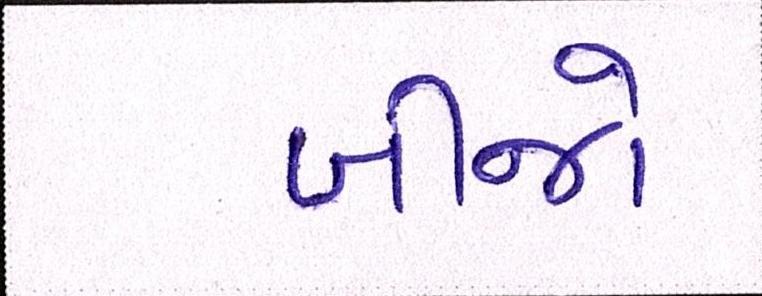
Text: બીજો